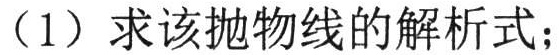
（1）求该抛物线的解析式；